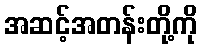
အဆင့်အတန်းတို့ကို